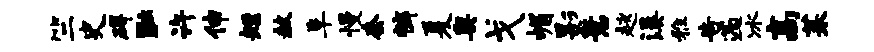
竺史碍黜许伸短赦阜慢套裤夏奥戈嵋影意趑溪雅告遄冰高茱